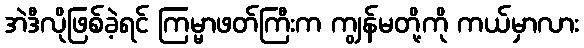
အဲဒီလိုဖြစ်ခဲ့ရင် ကြမ္မာဖတ်ကြီးက ကျွန်မတို့ကို ကယ်မှာလား